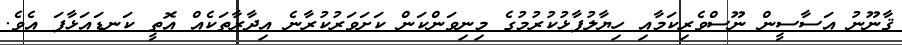
ޤާނޫނު އަސާސީން ނޫސްވެރިކަމާއި ހިޔާލުފާޅުކުރުމުގެ މިނިވަންކަން ކަށަވަރުކުރާނެ އިދާރާތަކެއް އޮތީ ކަނޑައަޅާފަ އެވެ.